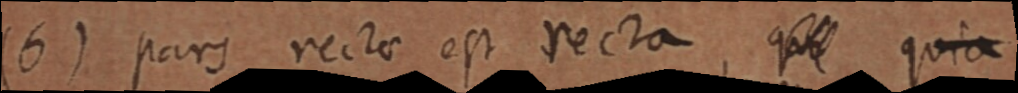
(6) pars recta est recta, que quia